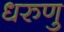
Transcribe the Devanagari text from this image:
धरुणु